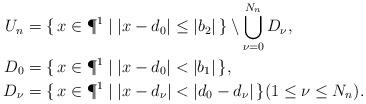
LaTeX: \begin{align*} U_n &= \{ \, x \in \P^1 \mid \lvert x - d_0 \rvert \leq \lvert b_2 \rvert \, \} \setminus \bigcup_{\nu=0}^{N_n} D_{\nu}, \\ D_{0} & = \{\, x \in \P^1 \mid \lvert x - d_0 \rvert < \lvert b_1 \rvert \, \} ,\\ D_{\nu} & = \{ \, x \in \P^1 \mid \lvert x - d_\nu \rvert < \lvert d_0 - d_\nu \rvert \, \} (1 \leq \nu \leq N_n). \end{align*}